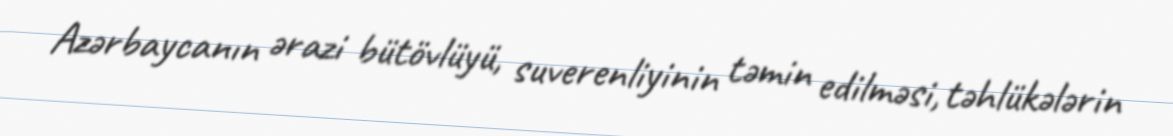
Azərbaycanın ərazi bütövlüyü, suverenliyinin təmin edilməsi, təhlükələrin